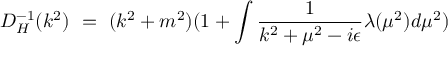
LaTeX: D _ { H } ^ { - 1 } ( k ^ { 2 } ) ~ = ~ ( k ^ { 2 } + m ^ { 2 } ) ( 1 + \int { \frac { 1 } { k ^ { 2 } + \mu ^ { 2 } - i \epsilon } } \lambda ( \mu ^ { 2 } ) d \mu ^ { 2 } )